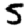
Digit: 5